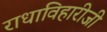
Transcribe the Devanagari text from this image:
राधाविहारीजी